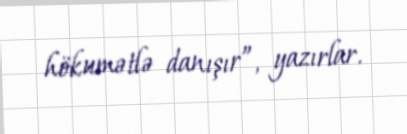
hökumətlə danışır”, yazırlar.